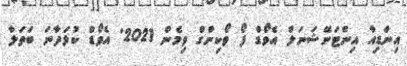
އިންޑިއާ އިންޓަނޭޝަނަލް އެވޯޑް ފޯ ވޯކިންގް ވިމެން 2021' އެވޯޑް ކުޅަދާނަ ބަތަލާ